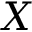
X